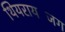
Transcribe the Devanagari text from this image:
थियरायजिंग